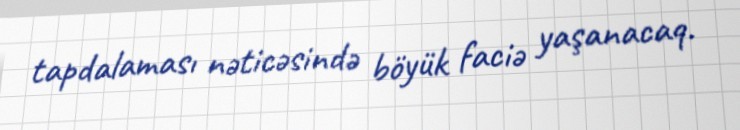
tapdalaması nəticəsində böyük faciə yaşanacaq.